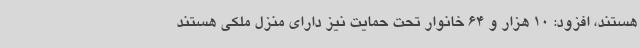
هستند، افزود: 10 هزار و 64 خانوار تحت حمایت نیز دارای منزل ملکی هستند